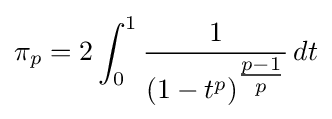
\pi _{p}=2\int _{0}^{1}{\frac {1}{{(1-t^{p})}^{\tfrac {p-1}{p}}}}\,dt